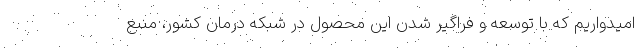
امیدواریم که با توسعه و فراگیر شدن این محصول در شبکه درمان کشور، منبع